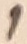
Text: 1